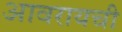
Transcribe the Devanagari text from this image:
आवरायची